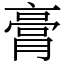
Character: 膏